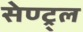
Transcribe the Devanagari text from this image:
सेण्ट्र्ल